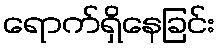
ရောက်ရှိနေခြင်း